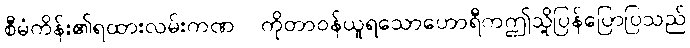
စီမံကိန်း၏ရထားလမ်းကဏ္ ကိုတာဝန်ယူရသောဟောရီကဤသို့ပြန်ပြောပြသည်